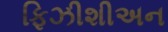
ફિઝીશીઅન